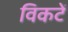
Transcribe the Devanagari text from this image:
विकटें